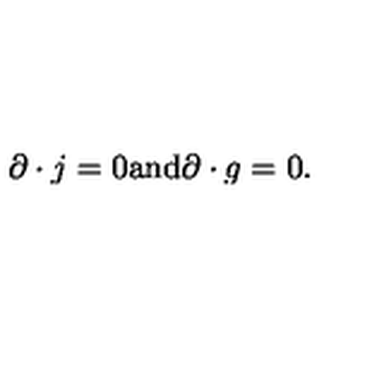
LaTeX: \partial \cdot j = 0 \mathrm { a n d } \partial \cdot g = 0 .